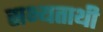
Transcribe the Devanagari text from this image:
सभ्यताथी